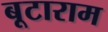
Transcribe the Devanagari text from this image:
बूटाराम